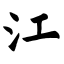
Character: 江